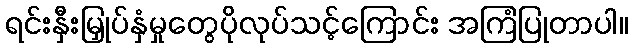
ရင်းနှီးမြှုပ်နှံမှုတွေပိုလုပ်သင့်ကြောင်း အကြံပြုတာပါ။